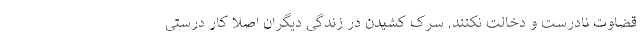
قضاوت نادرست و دخالت نکنند. سرک کشیدن در زندگی دیگران اصلاً کار درستی